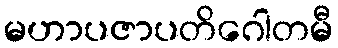
မဟာပဇာပတိဂေါတမီ